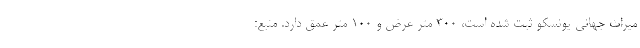
میراث جهانی یونسکو ثبت شده است، ۳۰۰ متر عرض و ۱۰۰ متر عمق دارد. منبع: